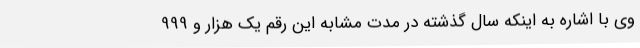
وی با اشاره به اینکه سال گذشته در مدت مشابه این رقم یک هزار و 999